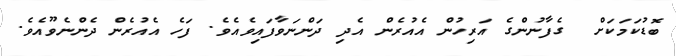
ބޮޑުކަމަކަށް  ގެފާނުންގެ އަރިހުން އެއުރެން އެދި ދަންނަވާފައިވެއެވެ. ފަހެ އެއުރެން ދެންނެވޫއެވެ.